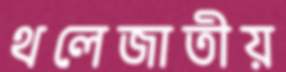
থলেজাতীয়